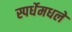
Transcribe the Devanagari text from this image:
स्पर्धेमधले